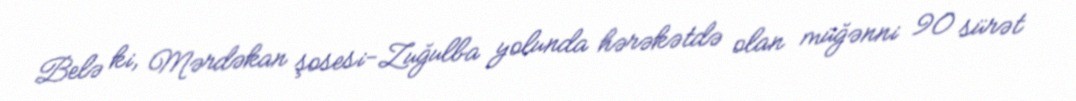
Belə ki, Mərdəkan şosesi-Zuğulba yolunda hərəkətdə olan müğənni 90 sürət